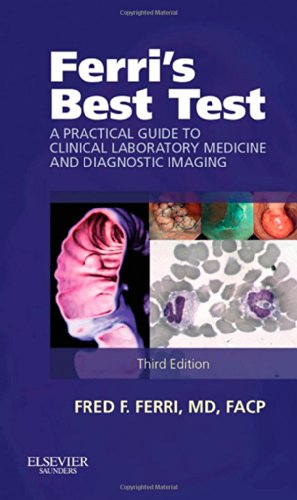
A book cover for Ferri's Best Test: A Practical Guide to Clinical Laboratory Medicine and Diagnostic Imaging, 3e (Ferri's Medical Solutions); Fred F. Ferri MD  FACP; Medical Books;